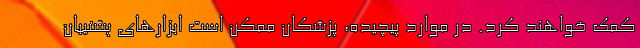
کمک خواهند کرد. در موارد پیچیده، پزشکان ممکن است ابزارهای پشتیبان